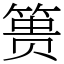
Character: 篑